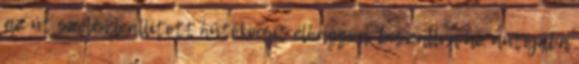
az út szélén leállított hűtőkocsit elhagyva, beszállva az autójába